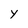
Character: y